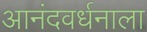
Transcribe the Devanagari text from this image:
आनंदवर्धनाला